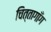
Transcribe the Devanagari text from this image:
चित्तागाँग